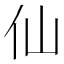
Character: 仙